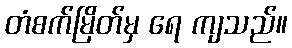
တံစက်မြိတ်မှ ရေ ကျသည်။